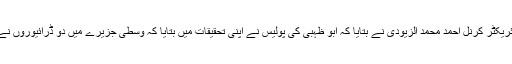
مقامی ٹریفک پولیس کے ڈائریکٹر کرنل احمد محمد الزیودی نے بتایا کہ ابو ظہبی کی پولیس نے اپنی تحقیقات میں بتایا کہ وسطی جزیرے میں دو ڈرائیوروں نے مقابلہ شروع کر رکھا تھا۔